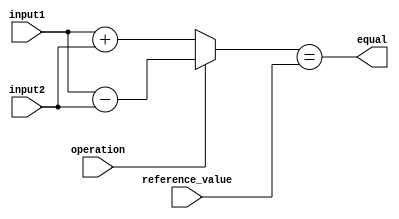
module arithmetic_comparator (
    input wire [7:0] input1,
    input wire [7:0] input2,
    input wire operation, // 0 for addition, 1 for subtraction
    input wire [7:0] reference_value,
    output wire equal
);

reg [8:0] difference;

always @ (input1 or input2 or operation) begin
    if (operation == 0) begin
        difference <= input1 + input2;
    end else begin
        difference <= input1 - input2;
    end
end

assign equal = (difference == reference_value);

endmodule